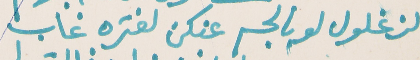
الزغلول لو بالجسم عنكن لفتره غاب